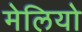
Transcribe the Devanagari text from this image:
मेलियो